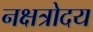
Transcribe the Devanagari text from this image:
नक्षत्रोदय